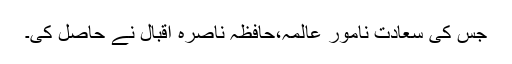
جس کی سعادت نامور عالمہ،حافظہ ناصرہ اقبال نے حاصل کی۔